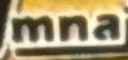
mna